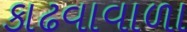
કાઢવાવાળા